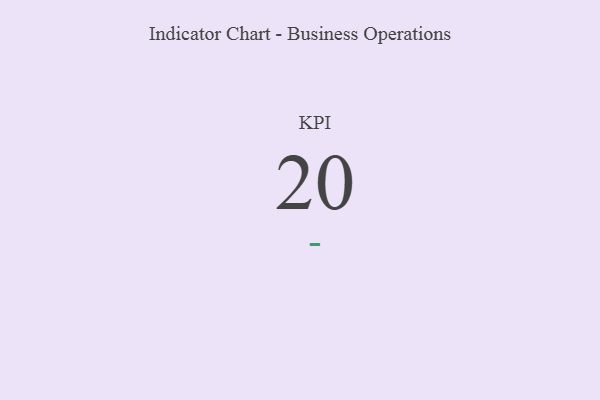
{"axis": {"x": "KPI", "y": "Value"}, "legend": [""], "data": [{"x": "KPI", "y": 20, "type": ""}]}